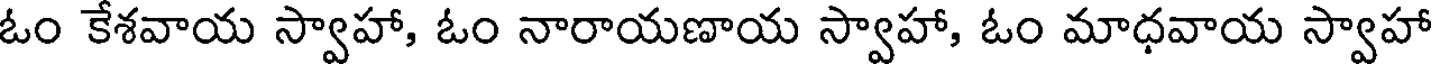
ఓం కేశవాయ స్వాహా, ఓం నారాయణాయ స్వాహా, ఓం మాధవాయ స్వాహా